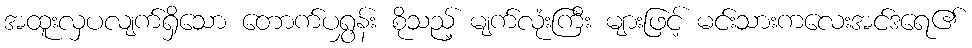
အထူးလှပလျက်ရှိသော တောက်ပရွှန်း စိုသည့် မျက်လုံးကြီး များဖြင့် မင်းသားကလေးအင်ဒရေ၏